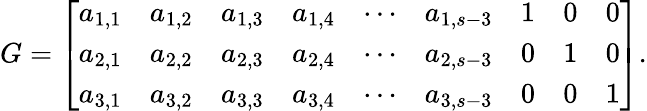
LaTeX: G=\left[\begin{array}{ccccccccc}{a_{1,1}}&{a_{1,2}}&{a_{1,3}}&{a_{1,4}}&{\cdots}&{a_{1,s-3}}&{1}&{0}&{0}\\ {a_{2,1}}&{a_{2,2}}&{a_{2,3}}&{a_{2,4}}&{\cdots}&{a_{2,s-3}}&{0}&{1}&{0}\\ {a_{3,1}}&{a_{3,2}}&{a_{3,3}}&{a_{3,4}}&{\cdots}&{a_{3,s-3}}&{0}&{0}&{1}\end{array}\right].